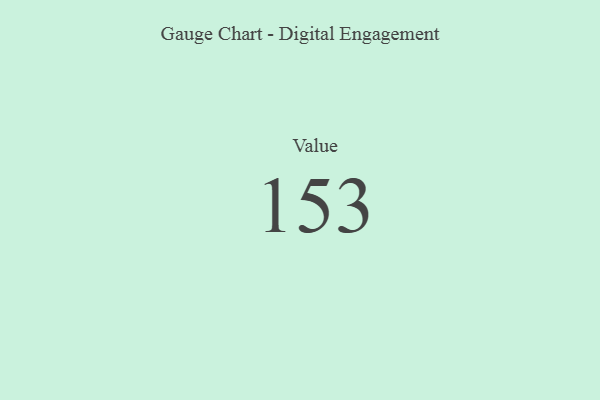
{"axis": {"x": "Metric", "y": "Value"}, "legend": [""], "data": [{"x": "Value", "y": 153, "type": ""}]}